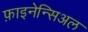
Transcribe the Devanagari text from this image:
फ़ाइनेन्सिअल